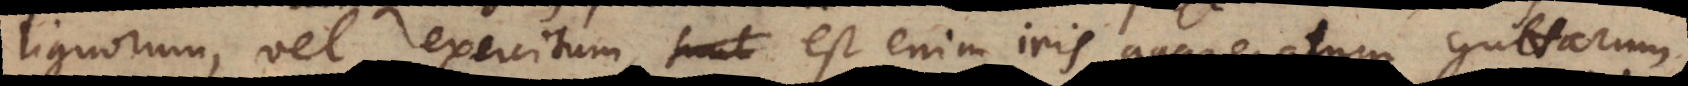
lignorum, vel exercitum, est enim iris aggregatum guttarum